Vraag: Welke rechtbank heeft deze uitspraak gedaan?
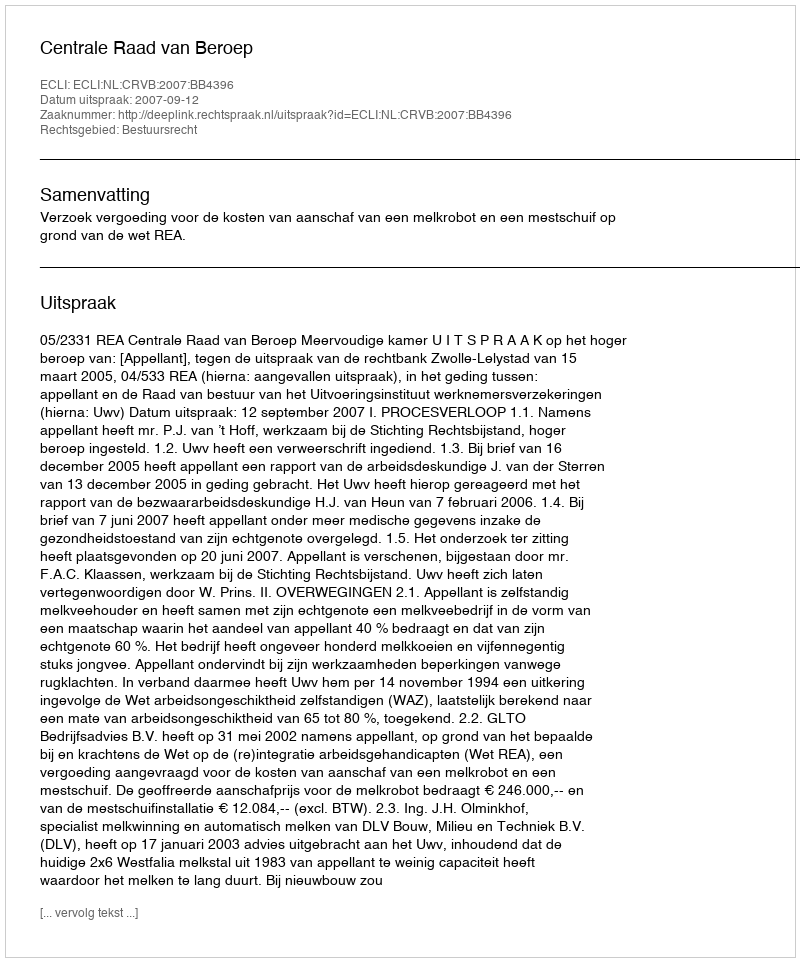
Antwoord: Centrale Raad van Beroep